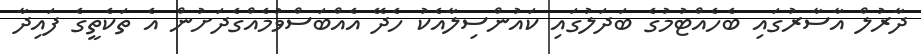
ދާރުލް އާސާރުގައި ބެހެއްޓުމުގެ ބަދަލުގައި ކައުންސިލާއެކު ހެދޭ އެއްބަސްވުމެއްގެދަށުން އެ ތަކެތީގެ ފައިދާ